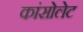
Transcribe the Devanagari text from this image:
कांसोलेट